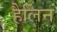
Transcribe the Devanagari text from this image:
हैलिन